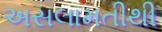
અસલામતીથી